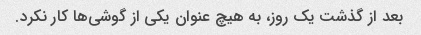
بعد از گذشت یک روز، به هیچ عنوان یکی از گوشی‌ها کار نکرد.